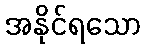
အနိုင်ရသော